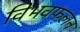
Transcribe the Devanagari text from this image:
विभवफलन